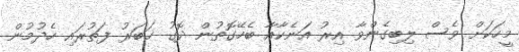
މީހަކަށް ވެސް ލިބިގެންވާ އިރު އަނެކާއާ ބެހޭގޮތުން ދޮގު ޚަބަރު ފަތުރައި ހެދުމުން